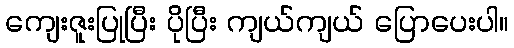
ကျေးဇူးပြုပြီး ပိုပြီး ကျယ်ကျယ် ပြောပေးပါ။